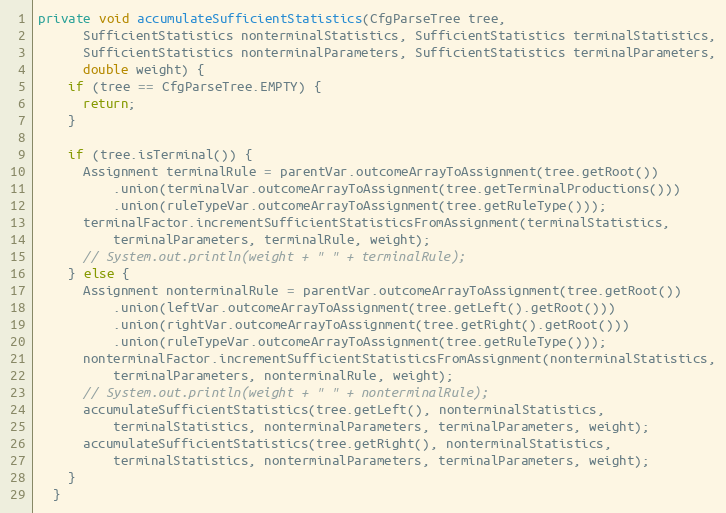
Language: Java
private void accumulateSufficientStatistics(CfgParseTree tree,
      SufficientStatistics nonterminalStatistics, SufficientStatistics terminalStatistics,
      SufficientStatistics nonterminalParameters, SufficientStatistics terminalParameters,
      double weight) {
    if (tree == CfgParseTree.EMPTY) {
      return;
    }

    if (tree.isTerminal()) {
      Assignment terminalRule = parentVar.outcomeArrayToAssignment(tree.getRoot())
          .union(terminalVar.outcomeArrayToAssignment(tree.getTerminalProductions()))
          .union(ruleTypeVar.outcomeArrayToAssignment(tree.getRuleType()));
      terminalFactor.incrementSufficientStatisticsFromAssignment(terminalStatistics,
          terminalParameters, terminalRule, weight);
      // System.out.println(weight + " " + terminalRule);
    } else {
      Assignment nonterminalRule = parentVar.outcomeArrayToAssignment(tree.getRoot())
          .union(leftVar.outcomeArrayToAssignment(tree.getLeft().getRoot()))
          .union(rightVar.outcomeArrayToAssignment(tree.getRight().getRoot()))
          .union(ruleTypeVar.outcomeArrayToAssignment(tree.getRuleType()));
      nonterminalFactor.incrementSufficientStatisticsFromAssignment(nonterminalStatistics,
          terminalParameters, nonterminalRule, weight);
      // System.out.println(weight + " " + nonterminalRule);
      accumulateSufficientStatistics(tree.getLeft(), nonterminalStatistics,
          terminalStatistics, nonterminalParameters, terminalParameters, weight);
      accumulateSufficientStatistics(tree.getRight(), nonterminalStatistics,
          terminalStatistics, nonterminalParameters, terminalParameters, weight);
    }
  }